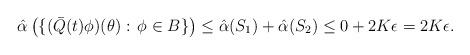
LaTeX: \begin{align*}\hat \alpha\left(\{(\bar Q(t)\phi)(\theta): \, \phi\in B\}\right)\leq \hat \alpha(S_1)+\hat \alpha(S_2)\leq 0+2K\epsilon=2K\epsilon.\end{align*}